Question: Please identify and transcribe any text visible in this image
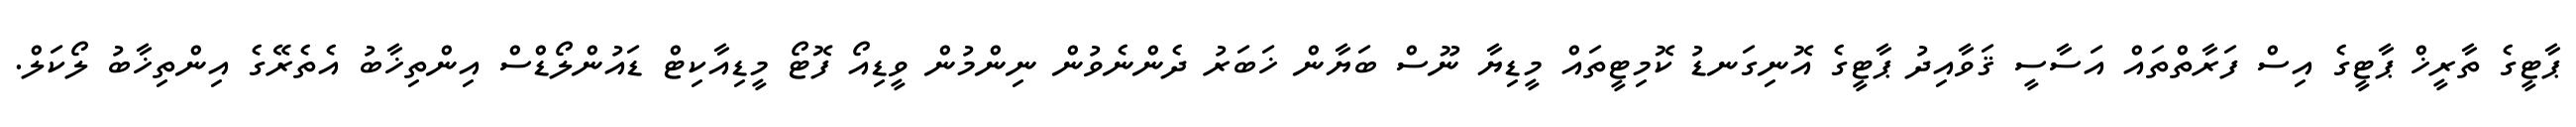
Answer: ޕާޓީގެ ތާރީޚް ޕާޓީގެ އިސް ފަރާތްތައް އަސާސީ ޤަވާއިދު ޕާޓީގެ އޮނިގަނޑު ކޮމިޓީތައް މީޑިޔާ ނޫސް ބަޔާން ޚަބަރު ދެންނެވުން ނިންމުން ވީޑިއޯ ފޮޓޯ މީޑިއާކިޓް ޑައުންލޯޑްސް އިންތިޚާބު އެތެރޭގެ އިންތިޚާބު ލޯކަލް.